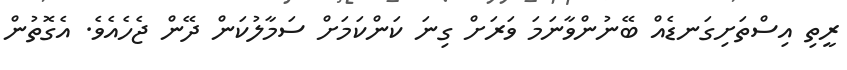
ރީތި އިސްތަށިގަނޑެއް ބޭނުންވާނަމަ ވަރަށް ގިނަ ކަންކަމަށް ސަމާލުކަން ދޭން ޖެހެއެވެ. އެގޮތުން